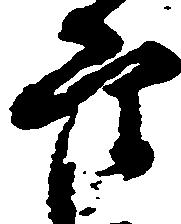
穴